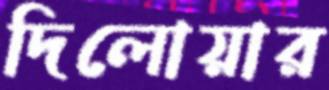
দিলোয়ার